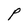
Character: P